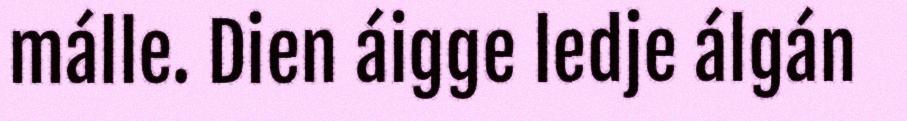
málle. Dien áigge ledje álgán